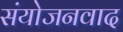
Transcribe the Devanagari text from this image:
संयोजनवाद